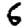
Digit: 6